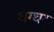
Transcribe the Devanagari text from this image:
धग्घर